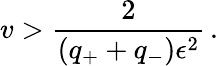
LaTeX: v>\frac{2}{(q_{+}+q_{-})\epsilon^{2}}\, .